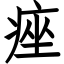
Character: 痤